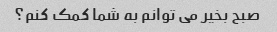
صبح بخیر می توانم به شما کمک کنم؟